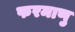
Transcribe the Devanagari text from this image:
फरमाणु